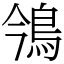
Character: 鳹